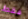
فقط